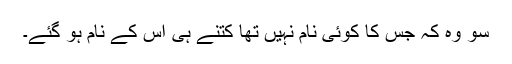
سو وہ کہ جس کا کوئی نام نہیں تھا کتنے ہی اس کے نام ہو گئے۔